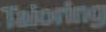
Taloring